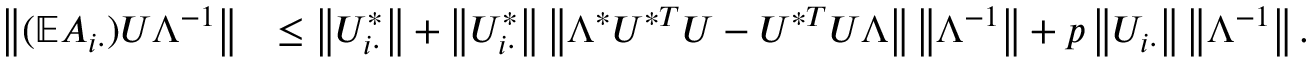
\begin{array} { r l } { \left\| { ( \mathbb { E } A _ { i \cdot } ) U \Lambda ^ { - 1 } } \right\| } & { \leq \left\| { U _ { i \cdot } ^ { * } } \right\| + \left\| { U _ { i \cdot } ^ { * } } \right\| \left\| { \Lambda ^ { * } U ^ { * T } U - U ^ { * T } U \Lambda } \right\| \left\| { \Lambda ^ { - 1 } } \right\| + p \left\| { U _ { i \cdot } } \right\| \left\| { \Lambda ^ { - 1 } } \right\| . } \end{array}